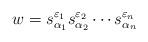
LaTeX: \begin{align*}w=s^{\varepsilon_1}_{\alpha_1}s^{\varepsilon_2}_{\alpha_2}\cdots s^{\varepsilon_n}_{\alpha_n}\end{align*}